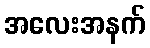
အလေးအနက်